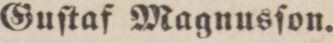
Guſtaf Magnusſon.